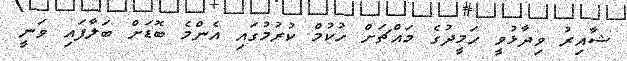
ޝާއިރު ވިދާޅުވީ ހަމީދުގެ މައްޗަށް ހުކުމް ކުރުމުގައި އެންމެ ބޮޑަށް ބަލާފައި ވަނީ